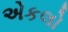
એકલો